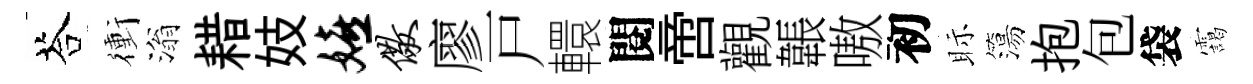
荅衝滃耤妓嬉儆廖戸轘閱啻觀韔嗷初眎簜抱包袋靄